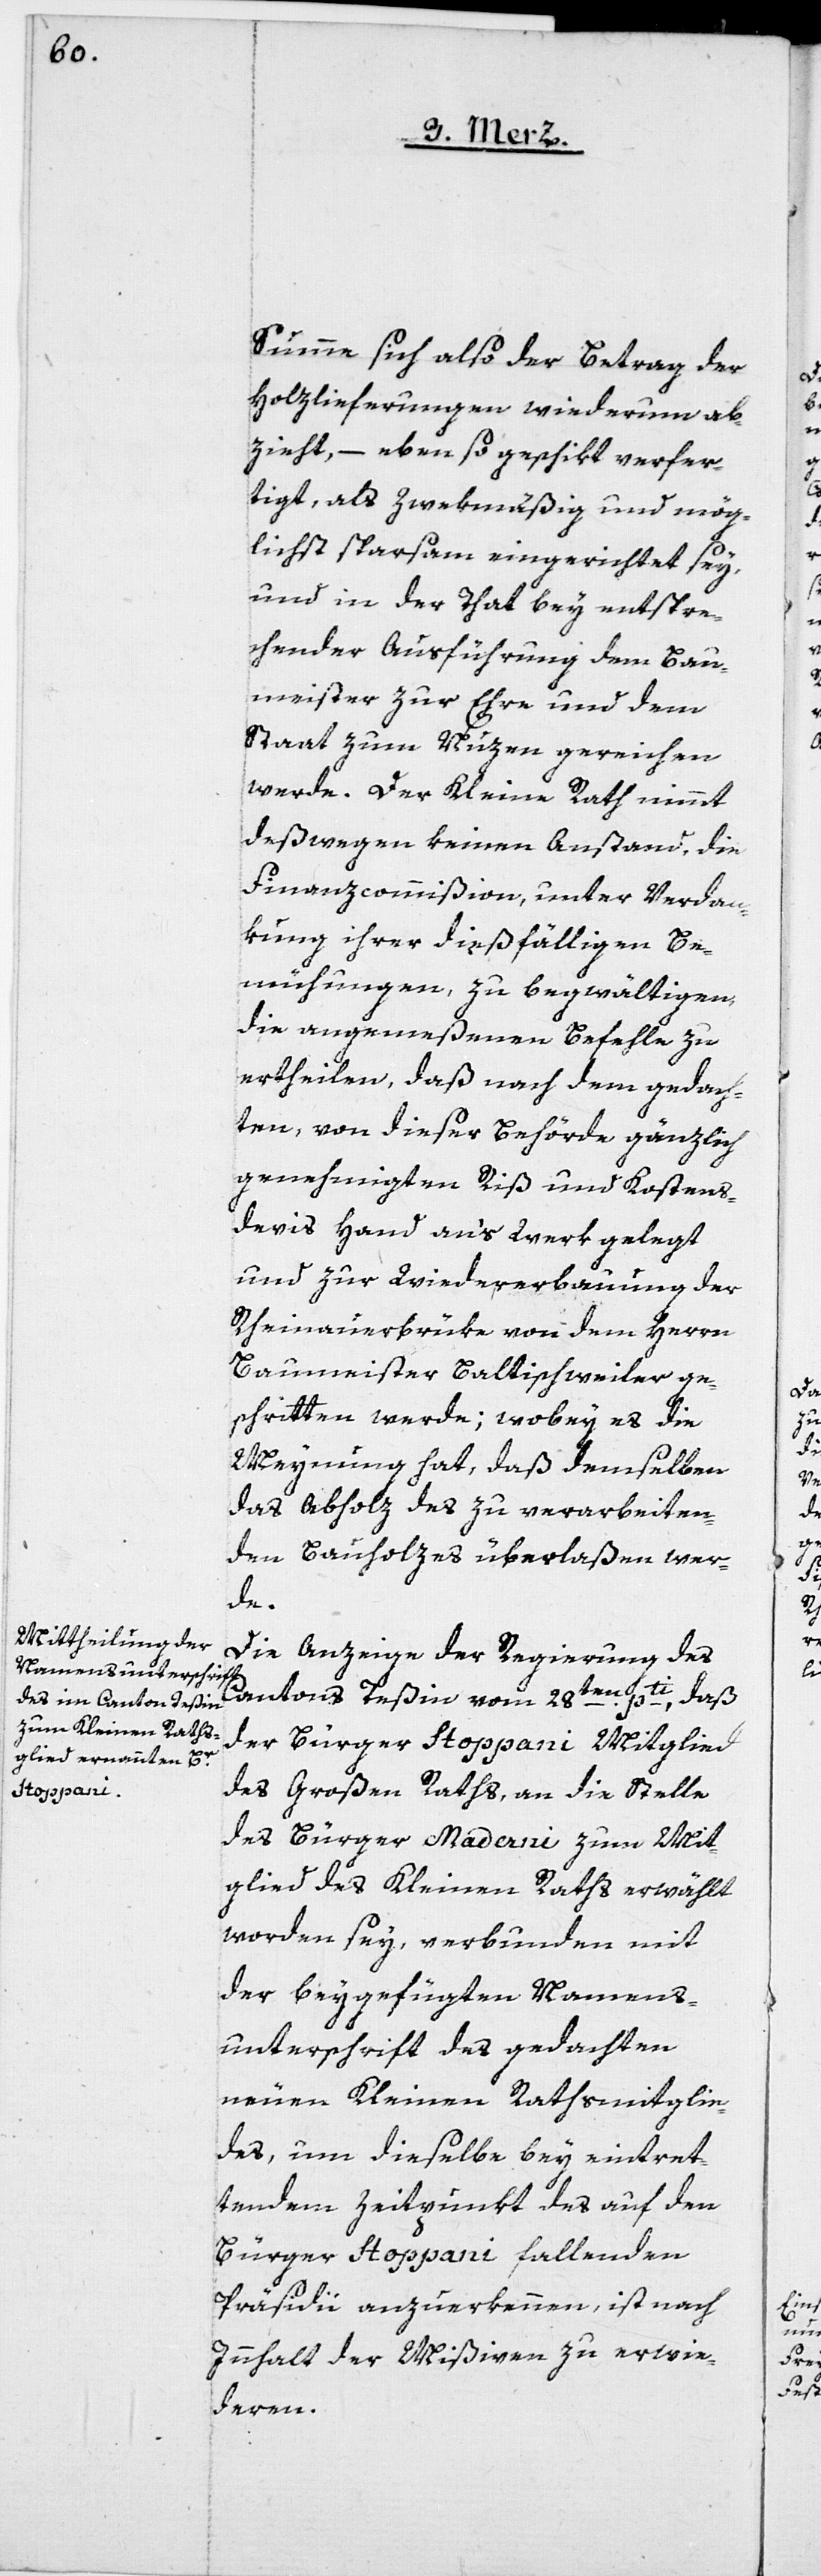
Summe sich also der Betrag der
Holzlieferungen wiederum ab¬
zieht, – eben so geschikt verfer¬
tigt, als zweckmäßig und mög¬
lichst sparsam eingerichtet sey,
und in der That bey entspre¬
chender Ausführung dem Bau¬
meister zur Ehre und dem
Staat zum Nuzen gereichen
werde. Der Kleine Rath nimmt
deßwegen keinen Anstand, die
Finanzcommißion, unter Verdan¬
kung ihrer dießfälligen Be¬
mühungen, zu begwältigen,
die angemeßenen Befehle zu
ertheilen, daß nach dem gedach¬
ten, von dieser Behörde gänzlich
genehmigten Riß und Kostens¬
devis Hand an’s Werk gelegt
und zur Wiedererbauung der
Rheinauerbrüke von dem Herrn
Baumeister Baltischweiler ge¬
schritten werde; wobey es die
Meynung hat, daß demselben
das Abholz des zu verarbeiten¬
den Bauholzes überlaßen wer¬
de.
Die Anzeige der Regierung des
Cantons Teßin vom 28ten pti, daß
der Bürger Stoppani Mitglied
des Großen Raths, an die Stelle
des Bürger Maderni zum Mit¬
glied des Kleinen Raths erwählt
worden sey, verbunden mit
der beygefügten Namens¬
unterschrift des gedachten
neuen Kleinen Rathsmitglie¬
des, um dieselbe bey eintret¬
tendem Zeitpunkt des auf den
Bürger Stoppani fallenden
Präsidii anzuerkennen, ist nach
Innhalt der Mißiven zu erwi¬
deren.